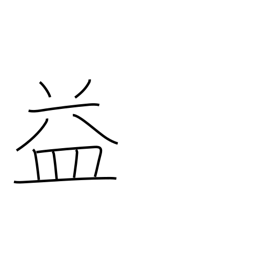
Meaning: benefit